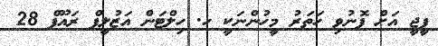
ޕީޖީ އަށް ފޮނުވި ހަތަރު މީހުންނަކީ ހ. ހިލްޓަން އަޒުލީފް ރައޫފް 28